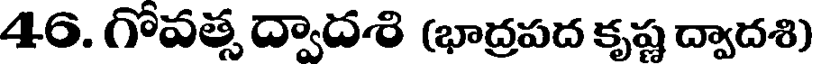
46. గోవత్స ద్వాదశి (భాద్రపద కృష్ణ ద్వాదశి)